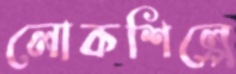
লোকশিল্পে